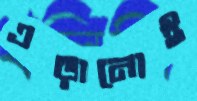
এড়ানোই